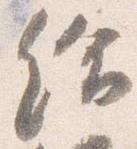
給